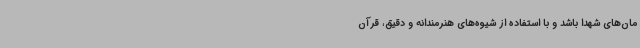
مان‌های شهدا باشد و با استفاده از شیوه‌های هنرمندانه و دقیق، قرآن